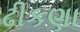
ઢીકણા